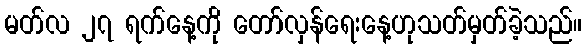
မတ်လ ၂၇ ရက်နေ့ကို တော်လှန်ရေးနေ့ဟုသတ်မှတ်ခဲ့သည်။